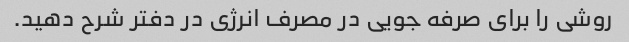
روشی را برای صرفه جویی در مصرف انرژی در دفتر شرح دهید.